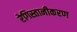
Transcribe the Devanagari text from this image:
रेगिस्तानीकरण